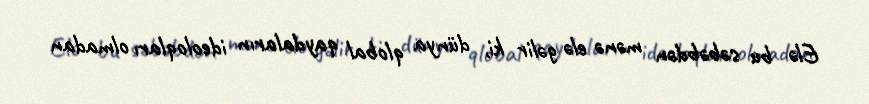
Elə bu səbəbdən mənə elə gəlir ki, dünya qlobal qaydaların ideoloqları olmadan